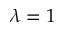
\lambda = 1